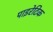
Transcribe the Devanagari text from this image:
पाइरेटिक